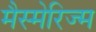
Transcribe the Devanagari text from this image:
मैस्मेरिज्म